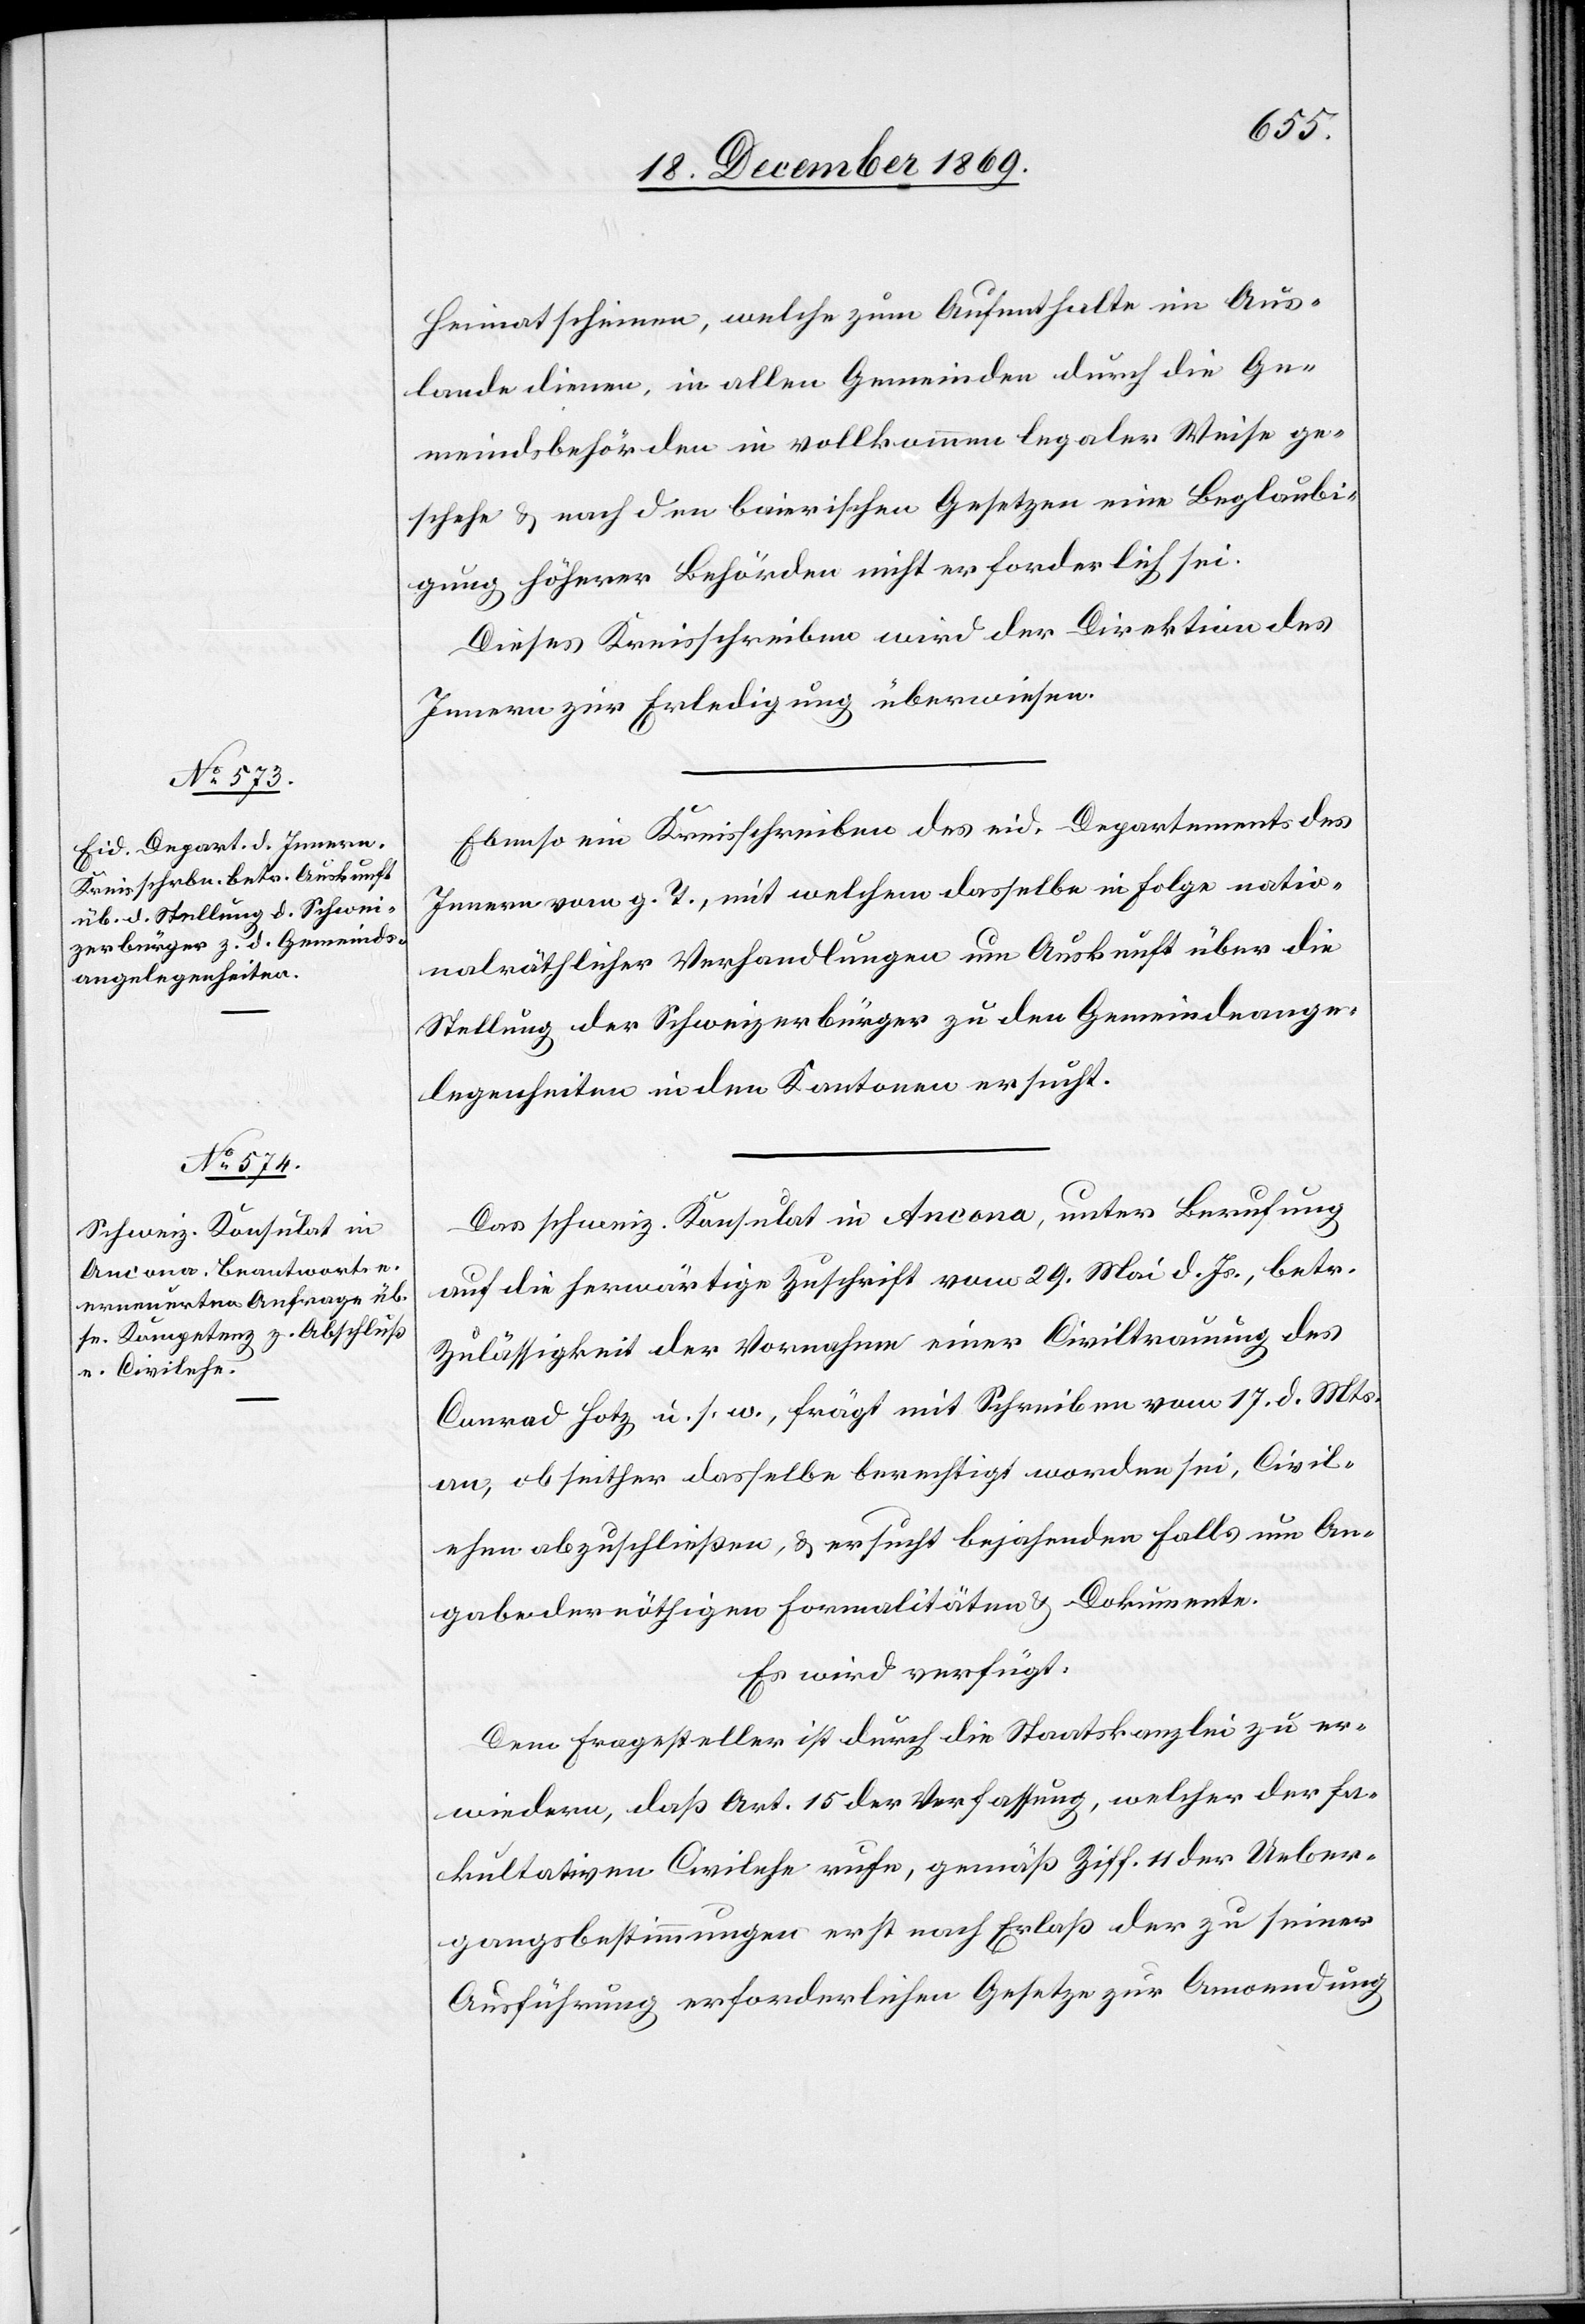
20. December 1869.]
Heimatscheinen, welche zum Aufenthalte im Aus¬
lande dienen, in allen Gemeinden durch die Ge¬
meindsbehörden in vollkommen legaler Weise ge¬
schehe & nach den baierischen Gesetzen eine Beglaubi¬
gung höherer Behörden nicht erforderlich sei.
Dieses Kreisschreiben wird der Direktion des
Innern zur Erledigung überwiesen.
Ebenso ein Kreisschreiben des eid. Departements des
Innern vom g. T., mit welchem dasselbe in Folge natio¬
nalräthlicher Verhandlungen um Auskunft über die
Stellung der Schweizerbürger zu den Gemeindeange¬
legenheiten in den Kantonen ersucht.
Das schweiz. Konsulat in Ancona, unter Berufung
auf die herwärtige Zuschrift vom 29. Mai d. Js., betr.
Zulässigkeit der Vornahme einer Civiltrauung des
Conrad Hotz u. s. w., frägt mit Schreiben vom 17. d. Mts.
an, ob seither dasselbe berechtigt worden sei, Civil¬
ehen abzuschließen, & ersucht bejahenden Falls um An¬
gabe der nöthigen Formalitäten & Dokumente.
Es wird verfügt:
Dem Fragesteller ist durch die Staatskanzlei zu er¬
wiedern, daß Art. 15 der Verfassung, welcher der fa¬
kultativen Civilehe rufe, gemäß Ziff. 11 der Ueber¬
gangsbestimmungen erst nach Erlaß der zu seiner
Ausführung erforderlichen Gesetze zur Anwendung